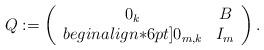
LaTeX: \begin{align*}Q := \left(\begin{array}{cccc} 0_k & B \\begin{align*}6pt]0_{m, k} & I_m\end{array}\right).\end{align*}